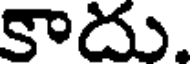
కాదు.